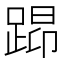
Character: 𰸖